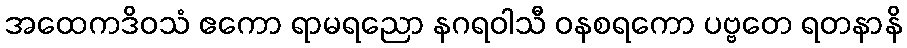
အထေကဒိဝသံ ဧကော ရာမရညော နဂရဝါသီ ဝနစရကော ပဗ္ဗတေ ရတနာနိ